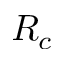
R _ { c }